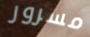
مسرور